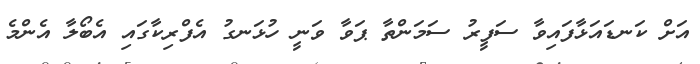
އަށް ކަނޑައަޅާފައިވާ ސަފީރު ސަމަންތާ ޕަވާ ވަނީ ހުޅަނގު އެފްރިކާގައި އެބޯލާ އެންމެ